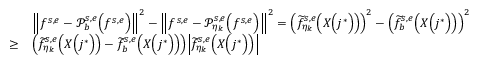
\begin{array} { r l } & { \Big \| f ^ { s , e } - \mathcal { P } _ { b } ^ { s , e } \Big ( f ^ { s , e } \Big ) \Big \| ^ { 2 } - \Big \| f ^ { s , e } - \mathcal { P } _ { \eta _ { k } } ^ { s , e } \Big ( f ^ { s , e } \Big ) \Big \| ^ { 2 } = \Big ( \widetilde { f } _ { \eta _ { k } } ^ { s , e } \Big ( X \Big ( j ^ { * } \Big ) \Big ) \Big ) ^ { 2 } - \Big ( \widetilde { f } _ { b } ^ { s , e } \Big ( X \Big ( j ^ { * } \Big ) \Big ) \Big ) ^ { 2 } } \\ { \geq } & { \Big ( \widetilde { f } _ { \eta _ { k } } ^ { s , e } \Big ( X \Big ( j ^ { * } \Big ) \Big ) - \widetilde { f } _ { b } ^ { s , e } \Big ( X \Big ( j ^ { * } \Big ) \Big ) \Big ) \Big | \widetilde { f } _ { \eta _ { k } } ^ { s , e } \Big ( X \Big ( j ^ { * } \Big ) \Big ) \Big | } \end{array}